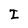
Character: I